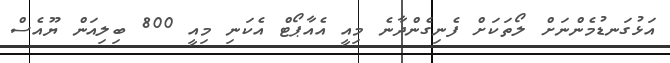
އަޅުގަނޑުމެންނަށް ލޯތަކަށް ފެނިގެންދާނެ މިއީ އެއާޕޯޓް އެކަނި މިއީ 800 ބިލިއަން ޔޫއެސް